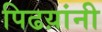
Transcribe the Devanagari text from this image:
पिढय़ांनी